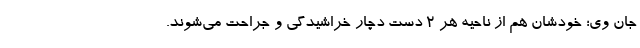
جان وی؛ خودشان هم از ناحیه هر ۲ دست دچار خراشیدگی و جراحت می‌شوند.